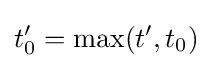
t'_{0}=\max(t',t_{0})